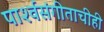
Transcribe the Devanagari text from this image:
पार्श्‍वसंगीताचीही